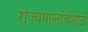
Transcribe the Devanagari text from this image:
राज्यपालांचेसाठी